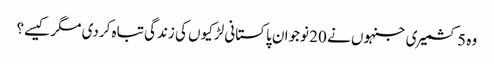
وہ 5 کشمیری جنہوں نے 20 نوجوان پاکستانی لڑکیوں کی زندگی تباہ کردی مگر کیسے؟